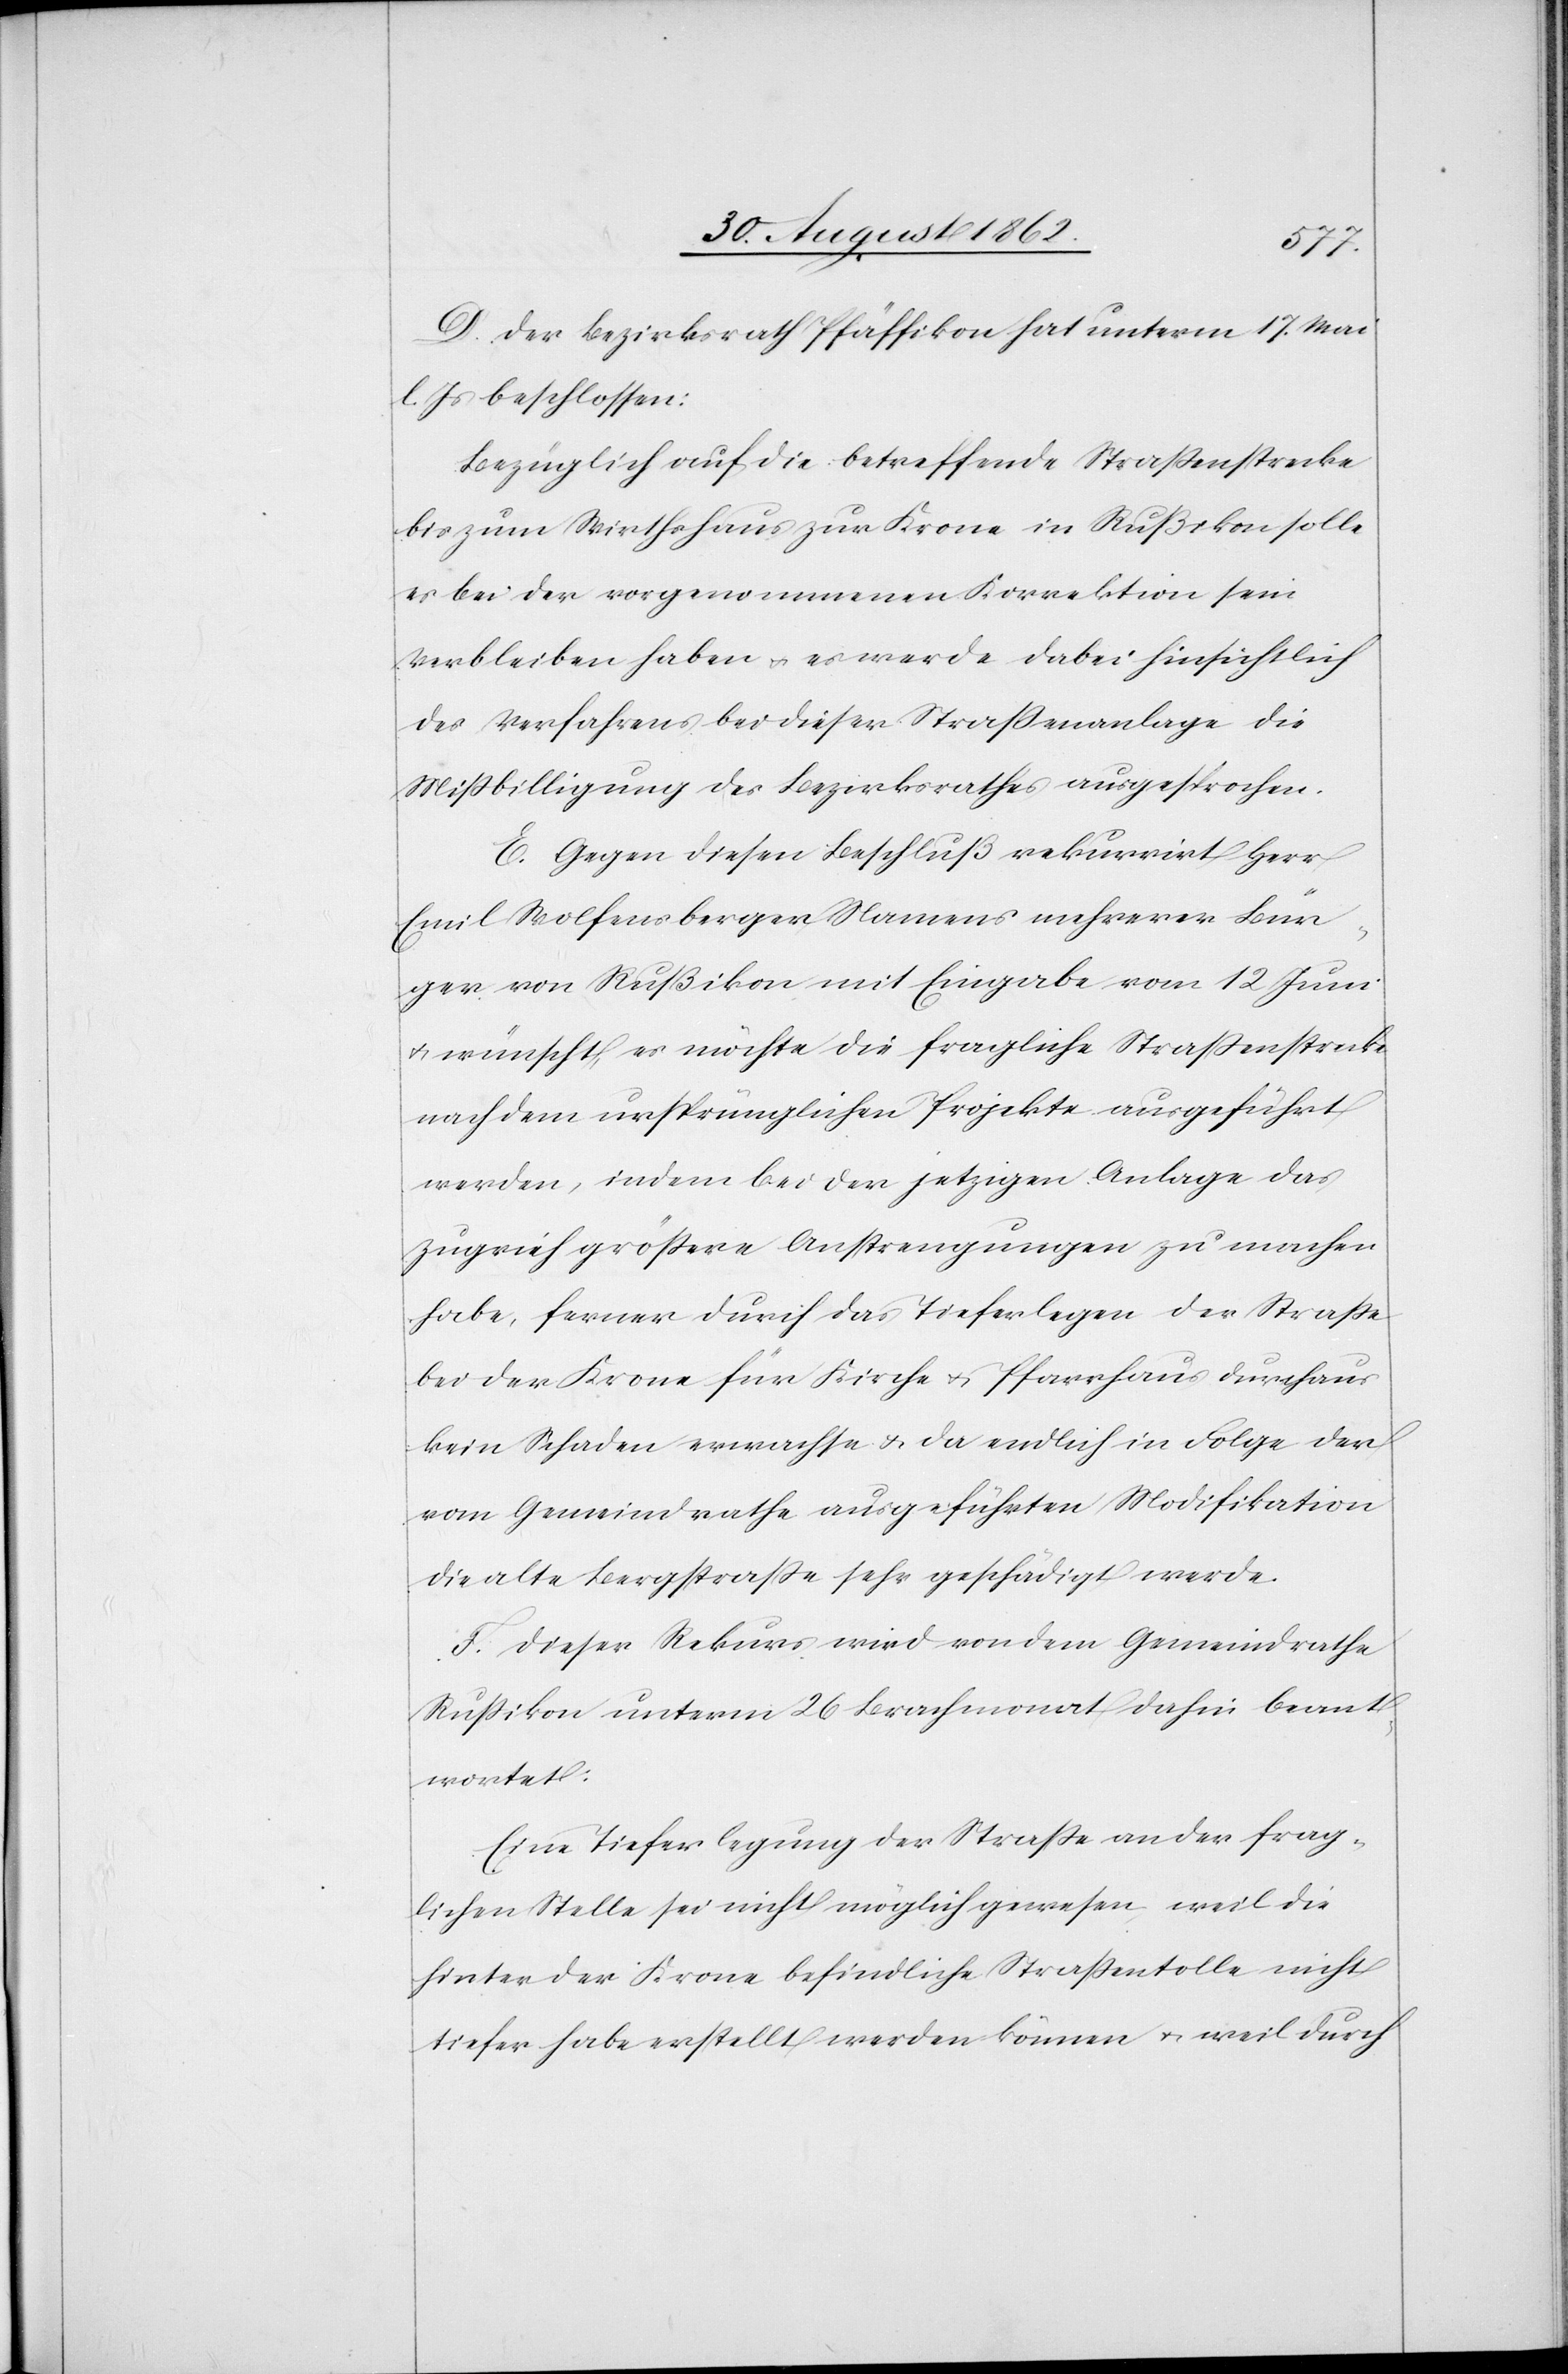
D. Der Bezirksrath Pfäffikon hat unterm 17. Mai
l. Js. beschlossen:
Bezüglich auf die betreffende Straßenstrecke
bis zum Wirthshaus zur Krone in Rußikon solle
es bei der vorgenommenen Korrektion sein
Verbleiben haben u. es werde dabei hinsichtlich
des Verfahrens bei dieser Straßenanlage die
Mißbilligung des Bezirksrathes ausgesprochen.
E. Gegen diesen Beschluß rekurrirt Herr
Emil Wolfensberger Namens mehrerer Bür¬
ger von Rußikon mit Eingabe vom 12. Juni
u. wünscht, es möchte die fragliche Straßenstrecke
nach dem ursprünglichen Projekte ausgeführt
werden, indem bei der jetzigen Anlage das
Zugvieh größere Anstrengungen zu machen
habe, ferner durch das Tieferlegen der Straße
bei der Krone für Kirche u. Pfarrhaus durchaus
kein Schaden erwachte u. da endlich in Folge der
vom Gemeindrathe ausgeführten Modifikation
die alten Bergstraße sehr geschädigt werde.
F. Dieser Rekurs wird von dem Gemeindrathe
Rußikon unterm 26. Brachmonat dahin beant¬
wortet:
Eine Tieferlegung der Straße an der frag¬
lichen Stelle sei nicht möglich gewesen, weil die
hinter der Krone befindliche Straßentolle nicht
tiefer habe erstellt werden können u. weil durch